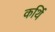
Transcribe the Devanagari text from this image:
कर्थि